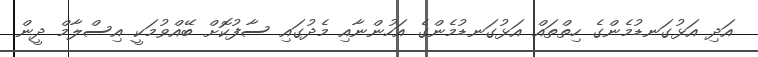
އަދި އަޅުގަނޑުމެންގެ ހިތްތައް އަޅުގަނޑުމެންގެ އަހުންނާއި މެދުގައި ސާފުކޮށް ބޭއްވުމަކީ އިސްލާމް ދީން